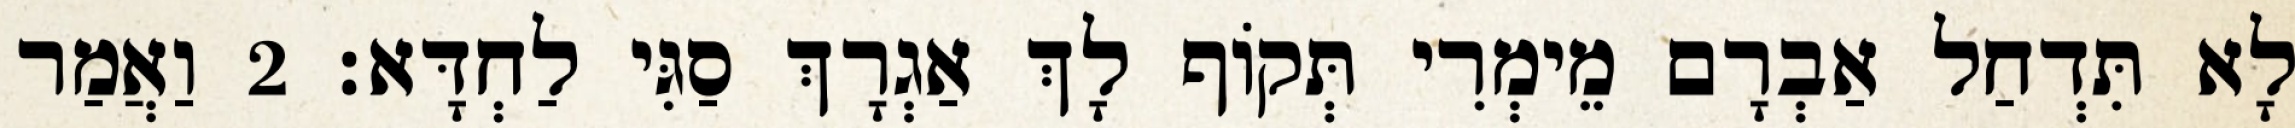
לָא תִּדְחַל אַבְרָם מֵימְרִי תְּקוֹף לָךְ אַגְרָךְ סַגִּי לַחְדָּא׃ 2 וַאֲמַר